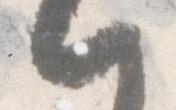
一